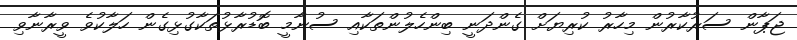
ޖަޕާން ސަރުކާރުން މިހާރު ކުރިޔަށް ގެންދަނީ ބިންހެލުންތަކާއި ސުނާމީ ބޮޑުރާޅުތަކާގުޅިގެން ހަލާކުވެ ވީރާނާވި